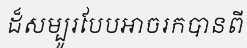
ដ៏សម្បូរបែបអាចរកបានពី